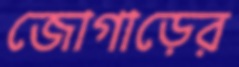
জোগাড়ের